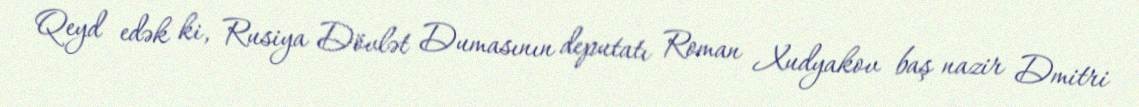
Qeyd edək ki, Rusiya Dövlət Dumasının deputatı Roman Xudyakov baş nazir Dmitri